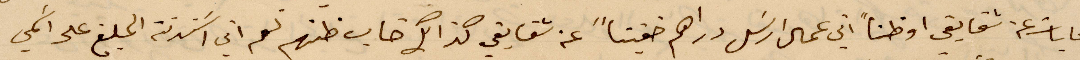
محاباة عن شقايقي او ظنًا اني عمل ارسل دراهم خفيًا عن شقايقي كذلك خاب ظنهم لعم اني استدنت المبلغ على اسمي